Annual report on the working of the lock hospitals in the Central Provinces
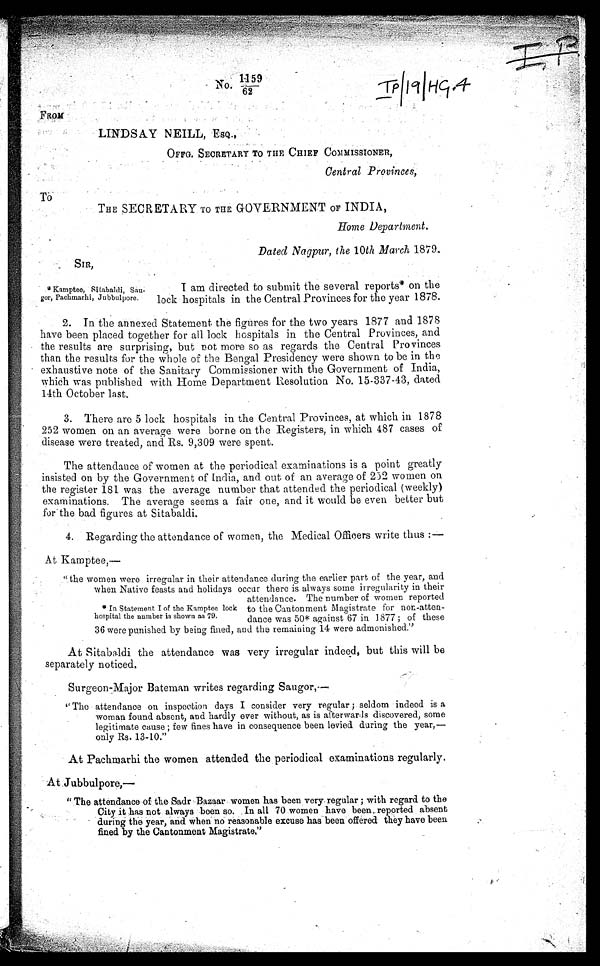
FROM
No.
1159
62
SIR,
LINDSAY NEILL, ESQ.,
OFFG. SECRETARY TO THE CHIEF COMMISSIONER,
Central Provinces,
THE SECRETARY To THE GOVERNMENT OF INDIA,
Home Department.
Dated Nagpur, the 10th March 1879.
To
Kamptee, Sitabaldi, Sau-
gor, Pachmarhi, Jubbulpore.
I am directed to submit the several reports* on the
lock hospitals in the Central Provinces for the year 1878.
2. In the annexed Statement the fi gures for the two years 1877 and 1878
have been placed together for all lock hospitals in the Central Provinces, and
the results are surprising, but not more so as regards the Central Provinces
than the results for the whole of the Bengal Presidency were shown to be in the
exhaustive note of the Sanitary Commissioner with the Government of India,
which was published with Home Department Resolution No. 15-337-43, dated
14th October last,
3. There are 5 lock hospitals in the Central Provinces, at which in 1878
252 women on an average were borne on the Registers, in which 487 cases of
. disease were treated, and Rs. 9,309 were spent.
The attendance of women at the periodical examinations is a point greatly
insisted on by the Government of India, and out of an average of 2i2 women on
the register 181 was the average number that attended the periodical (weekly)
examinations. The average seems a fair one, and it would be even better but
for thebad figures at Sitabaldi.
4. Regarding the attendance of women, the Medical Officers write thus
At Kamptee,—
"the women were irregular in their attendance during the earlier part of the year, and
when Native feasts and holidays occur there is always some irregularity in their
attendance. The number of women reported
to the Cantonment Magistrate for non-atten-
dance was 50* against 67 in 1877 ; of these
36 were punished by being fined, and the remaining 14 were admonished."
At-, Sitabaldi the attendance was very irregular indeed, but this will be
separately noticed.
Surgeon-Major Bateman writes regarding Saugor,—
" T h e a t t e n d a n c e o n i n s p e c t i o n d a y s I c o n s i d e r v e r y r e g u l a r ; s e l d o m i n d e e d i s a
woman found absent, and hardly ever without, as is afterwards discovered, some
legitimate cause ; few fines have in consequence been levied during the year,—
only Rs. 13-10."
At Pachmarhi the women attended the periodical examinations regularly.
At .Jubbulpore,—
" The attendance of the Sadr -Bazaar women has been very. regular ; with regard to the
City it has not always been so. In all 70 women have been. reported absent
during the year, and when no reasonable excuse has been offered they have been
fined by the Cantonment Magistrate."
* In Statement I of the Kamptee lock
hospital the number is shown as 79.